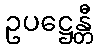
ဥပဋ္ဌေန္တီ